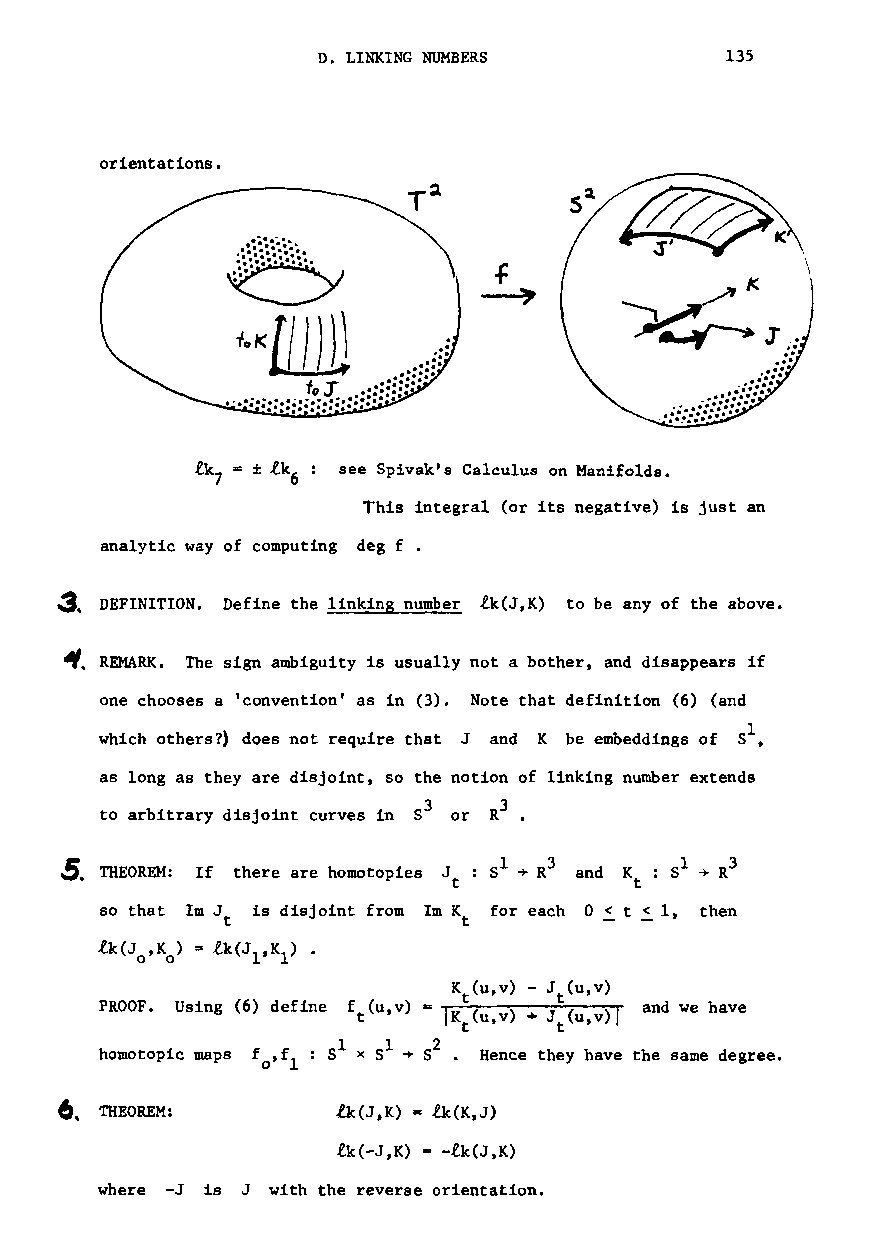
D. LINKING NUMBERS         135
 orientations.
 T:1
 see Spivak's Calculus on Manifolds.
 This integral (or its negative) is just an
 analytic way of computing deg f •
 ~, DEFINITION. Define the linking number lk(J,K) to be any of the above.
 ~,REMARK. The sign ambiguity is usually not a bother, and disappears if
 one chooses a 'convention' as in (3). Note that definition (6) (and
 which others?) does not require that J and K be embeddings of 51,
 as long as they are disjoint, so the notion of linking number extends
 3    3
 to arbitrary disjoint curves in 8 or R •
 5. THEOREM: If there are homotopies Jt: SI ~ R3
 so that 1m J is disjoint from 1m K for each 0 ~ t ~ 1, then
 t               t
 lk(Jo,K o) =lk(J l,K 1) •
 Kt(u,v) - Jt(u,v)
 PROOF. Using (6) define f (u v) =   and we have
 t'   IKt(u,V) • Jt(u,v)I
 1   1  2
 homotopic maps f o,f
 1
 : 5 x S ~ 8 • Hence they have the same degree.
 6, THEOREM:       Ik(J,K) =lk(K,J)
 lk(-J,K) =-lk(J,K)
 where -J is J with the reverse orientation.